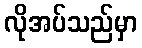
လိုအပ်သည်မှာ